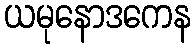
ယမုနောဒကေန